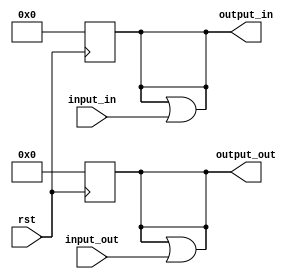
module input_module(rst,input_in,input_out,output_in,output_out);
    input [5:0] input_in;//
    input [9:0] input_out;//
    input rst;

    reg [5:0] reg_in=6'b0;
    reg [9:0] reg_out=10'b0;

    output [5:0] output_in;
    output [9:0] output_out;

    assign output_in=reg_in;
    assign output_out=reg_out;
    
    always @ (negedge rst)
    begin
        reg_in=6'b0;
        reg_out=10'b0;
    end

    always @ (input_in or input_out)
    begin
        reg_in=reg_in|input_in;
        reg_out=reg_out|input_out;
    end

endmodule